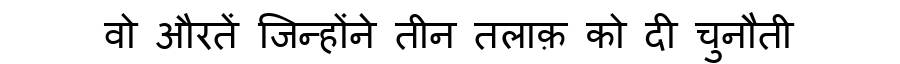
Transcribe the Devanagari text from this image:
वो औरतें जिन्होंने तीन तलाक़ को दी चुनौती